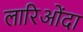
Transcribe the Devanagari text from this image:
लारिओंदा